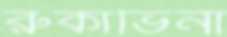
রুকাভিনা